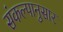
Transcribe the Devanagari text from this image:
संकल्पानुसार